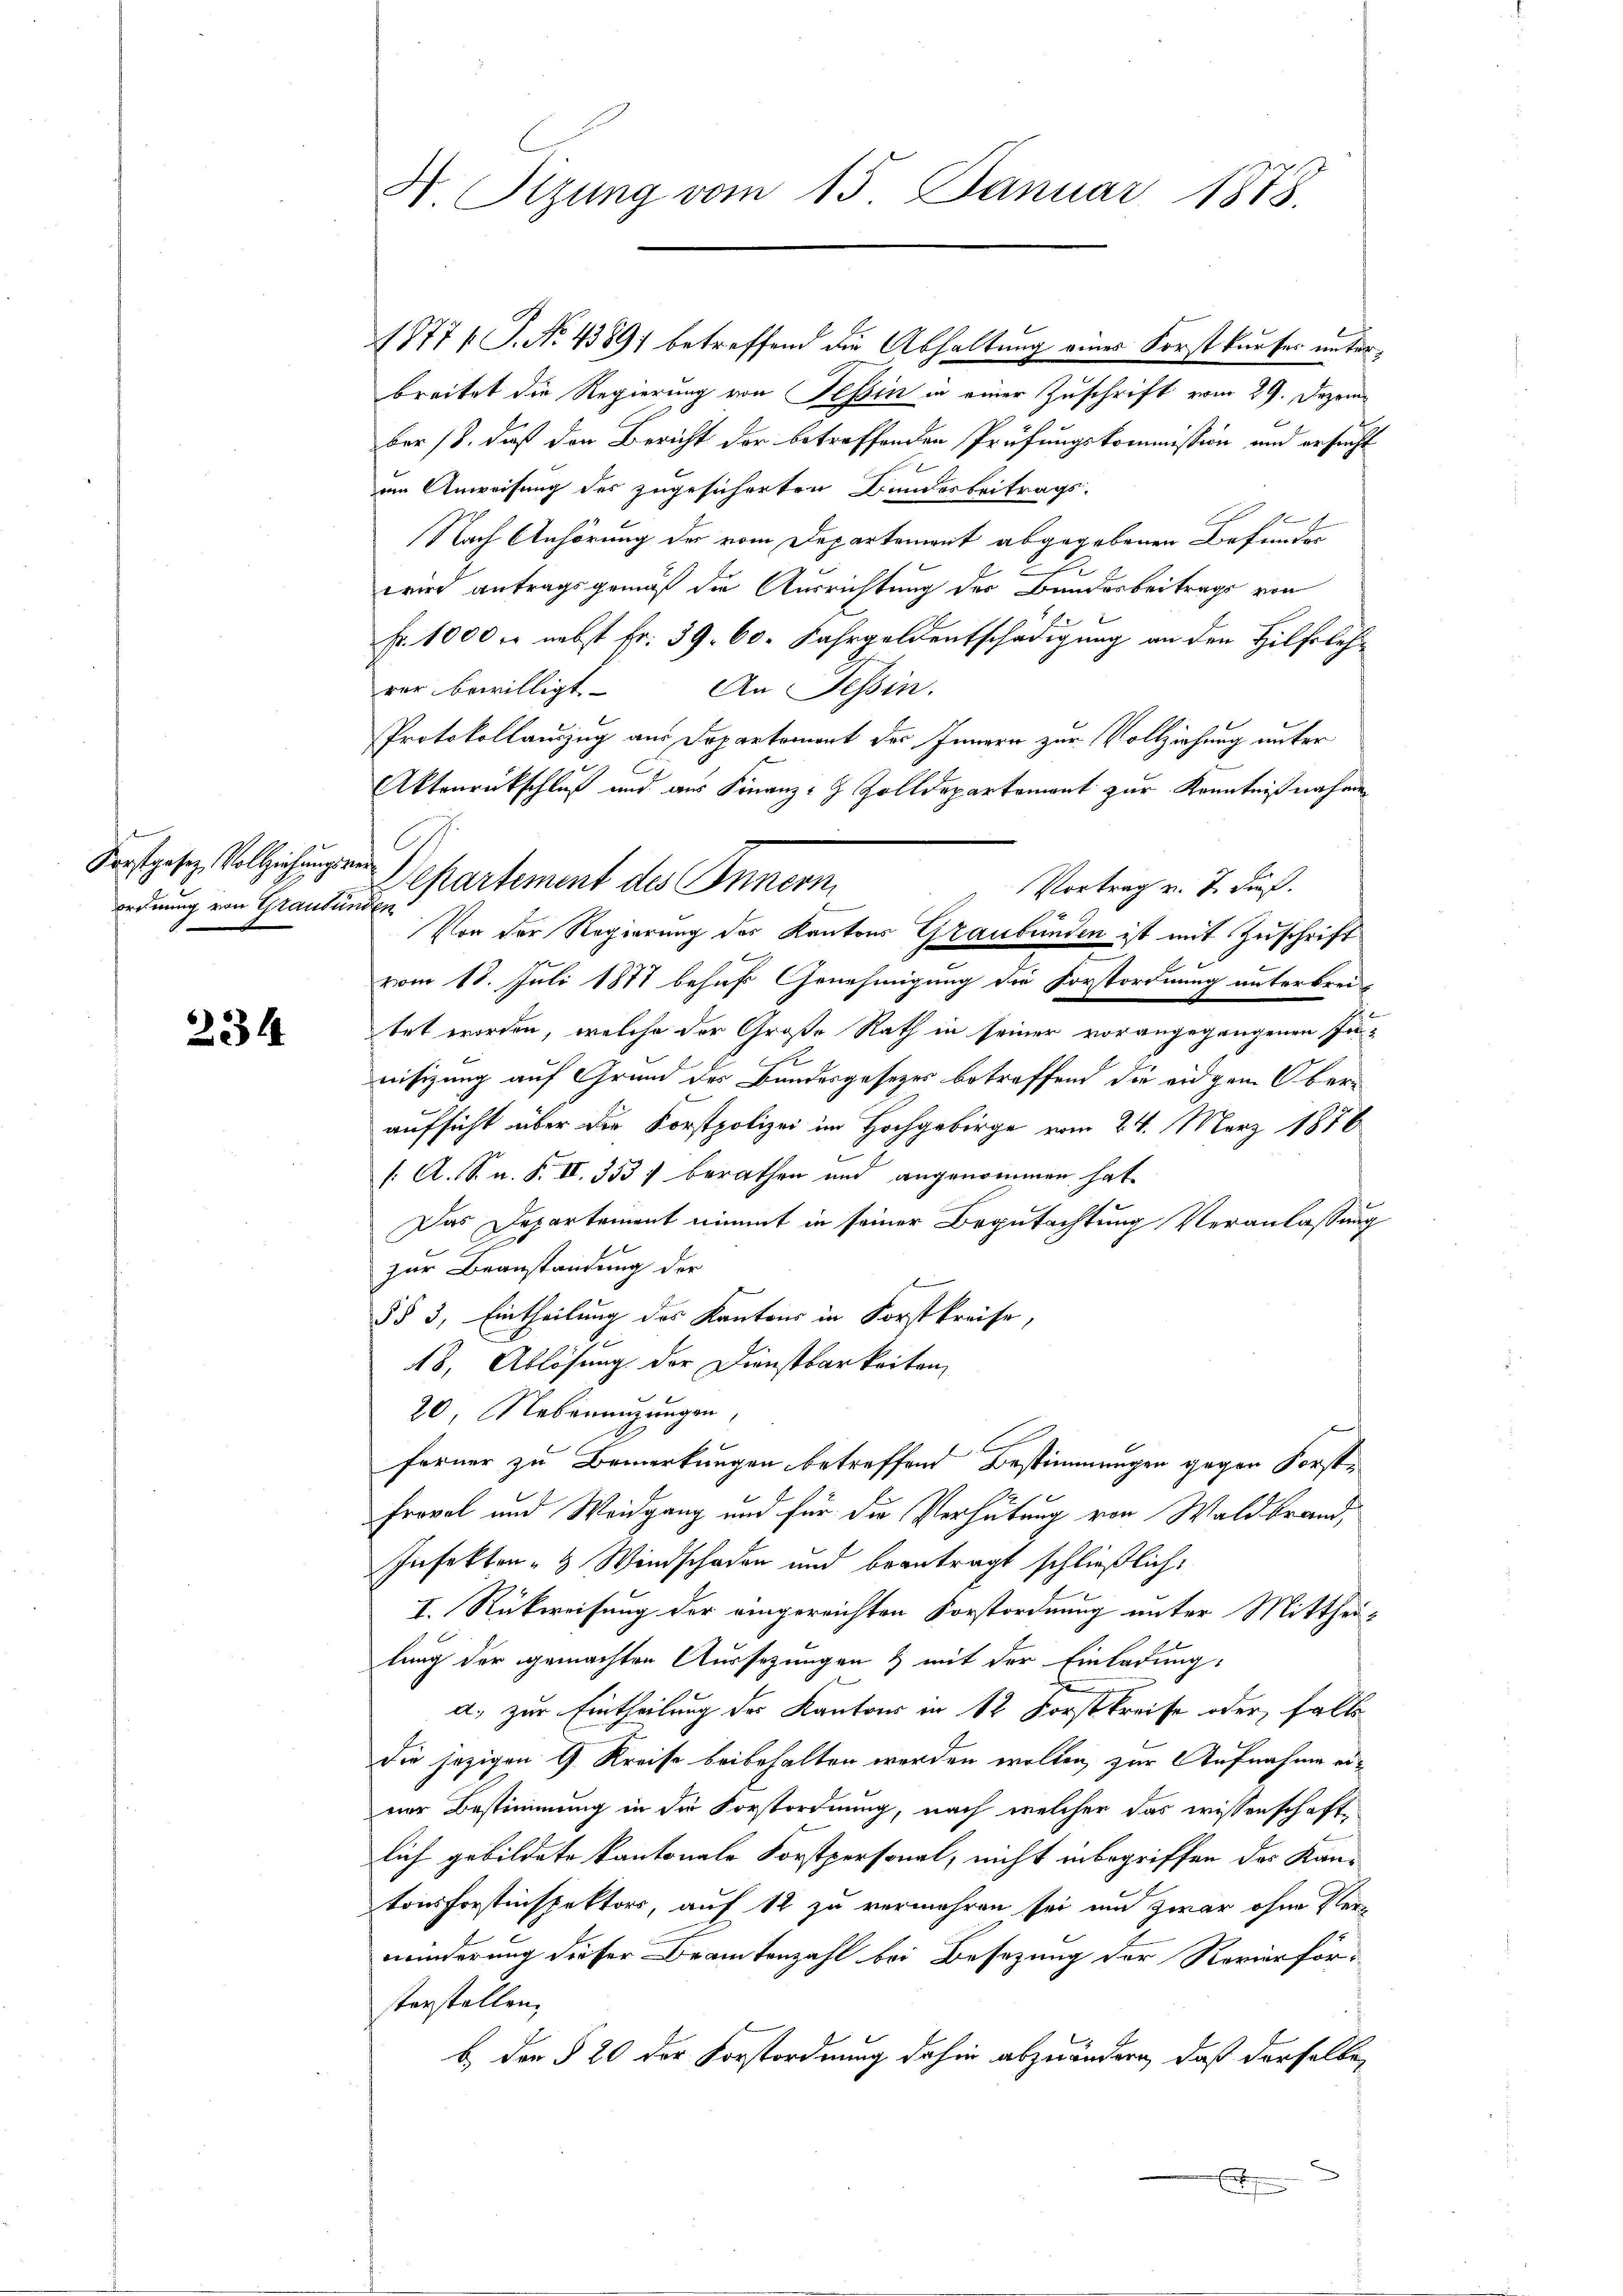
Forstgesetz, Vollziehungsverordnung von Graubünden

234

4 Sizung vom 15. Januar 1878.

1877 J. No. 4389; betreffend die Abhaltung eines Forstkäufer unterbreitet die Regierung von Tessin in einer Zuschrift vom 29. Dezember 18. daß den Bericht der betreffenden Prüfungskommission und ersucht
um Anweisung des zugesicherten Bundesbeitrags-
Nach Anhörung der vom Departement abgegebenen Befunder
wird antragsgemäß die Ausrichtung der Bundesbeitrags von
Fr. 1000 M nebst fr. 39. 60. Jahrgeldentschädigung an den Hilfslehr
rer bewilligt. An Tessin.
PProtokollauszug aus Departement des Innern zur Vollziehung unter
Aktenrückschluß und aus Finanz- Zolldepartement zur Kenntniß nahme
vom 18. Juli 1871 behuf Genehmigung die Forstordnung unterbrei
tet worden, welche der Große Rath in seiner vorangegangenen In-
nisizung auf Grund des Bundesgesezes betreffend die eidgem Oberaufsicht über die Korstpolizei im Hochgebirge vom 24. März 1876
( A. S. n. F. II. 353 berathen und angenommen hat
Das Departement nimmt in seiner Begutachtung Veranlassung
zur Beanstandung der

§ § 3, Eintheilung des Kantons in Forstkreise,
48, Ablösung der Dienstbarkeiten,
20 Nebenenzungen,
s
ferner zu Bemerkungen betreffend Bestimmungen gegen Forst¬
Frovel und Waidgang und für die Verhütung von Waldbrand,
Infekton- & Windschaden und beantragt schließlich:
I. Rückweisung der eingereichten Forstordnung unter Mittheilung der gemachten Aussezungen & mit der Einladung:
a. zur Eintheilung des Kantons in 12 Forstkreise oder falls
die jezigen G. Kreise beibehalten werden wollen, zur Aufnahme einer Bestimmung in die Vorstordnung, nach welcher das wissenschaft
lich gebildete kantonale Forstpersonal, nicht inbegriffen das Kan-
tonsforstinspektors, auf 12 zu vermehren sei und zwar ohne Perinderung dieser Branntenzahl bei Besetzung der Revierförsterstellen,
b. Der § 20 der Forstordnung dahin abzuändern, daß derselbe,

Departement des Innern
Vortrag u. 7. dieß.
x
Von der Regierung des Kantons Graubünden ist mit Zuschrift